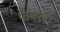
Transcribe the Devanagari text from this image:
फेमला